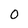
Character: O